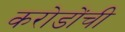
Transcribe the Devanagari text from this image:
करोडोंची